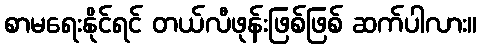
စာမရေးနိုင်ရင် တယ်လီဖုန်းဖြစ်ဖြစ် ဆက်ပါလား။